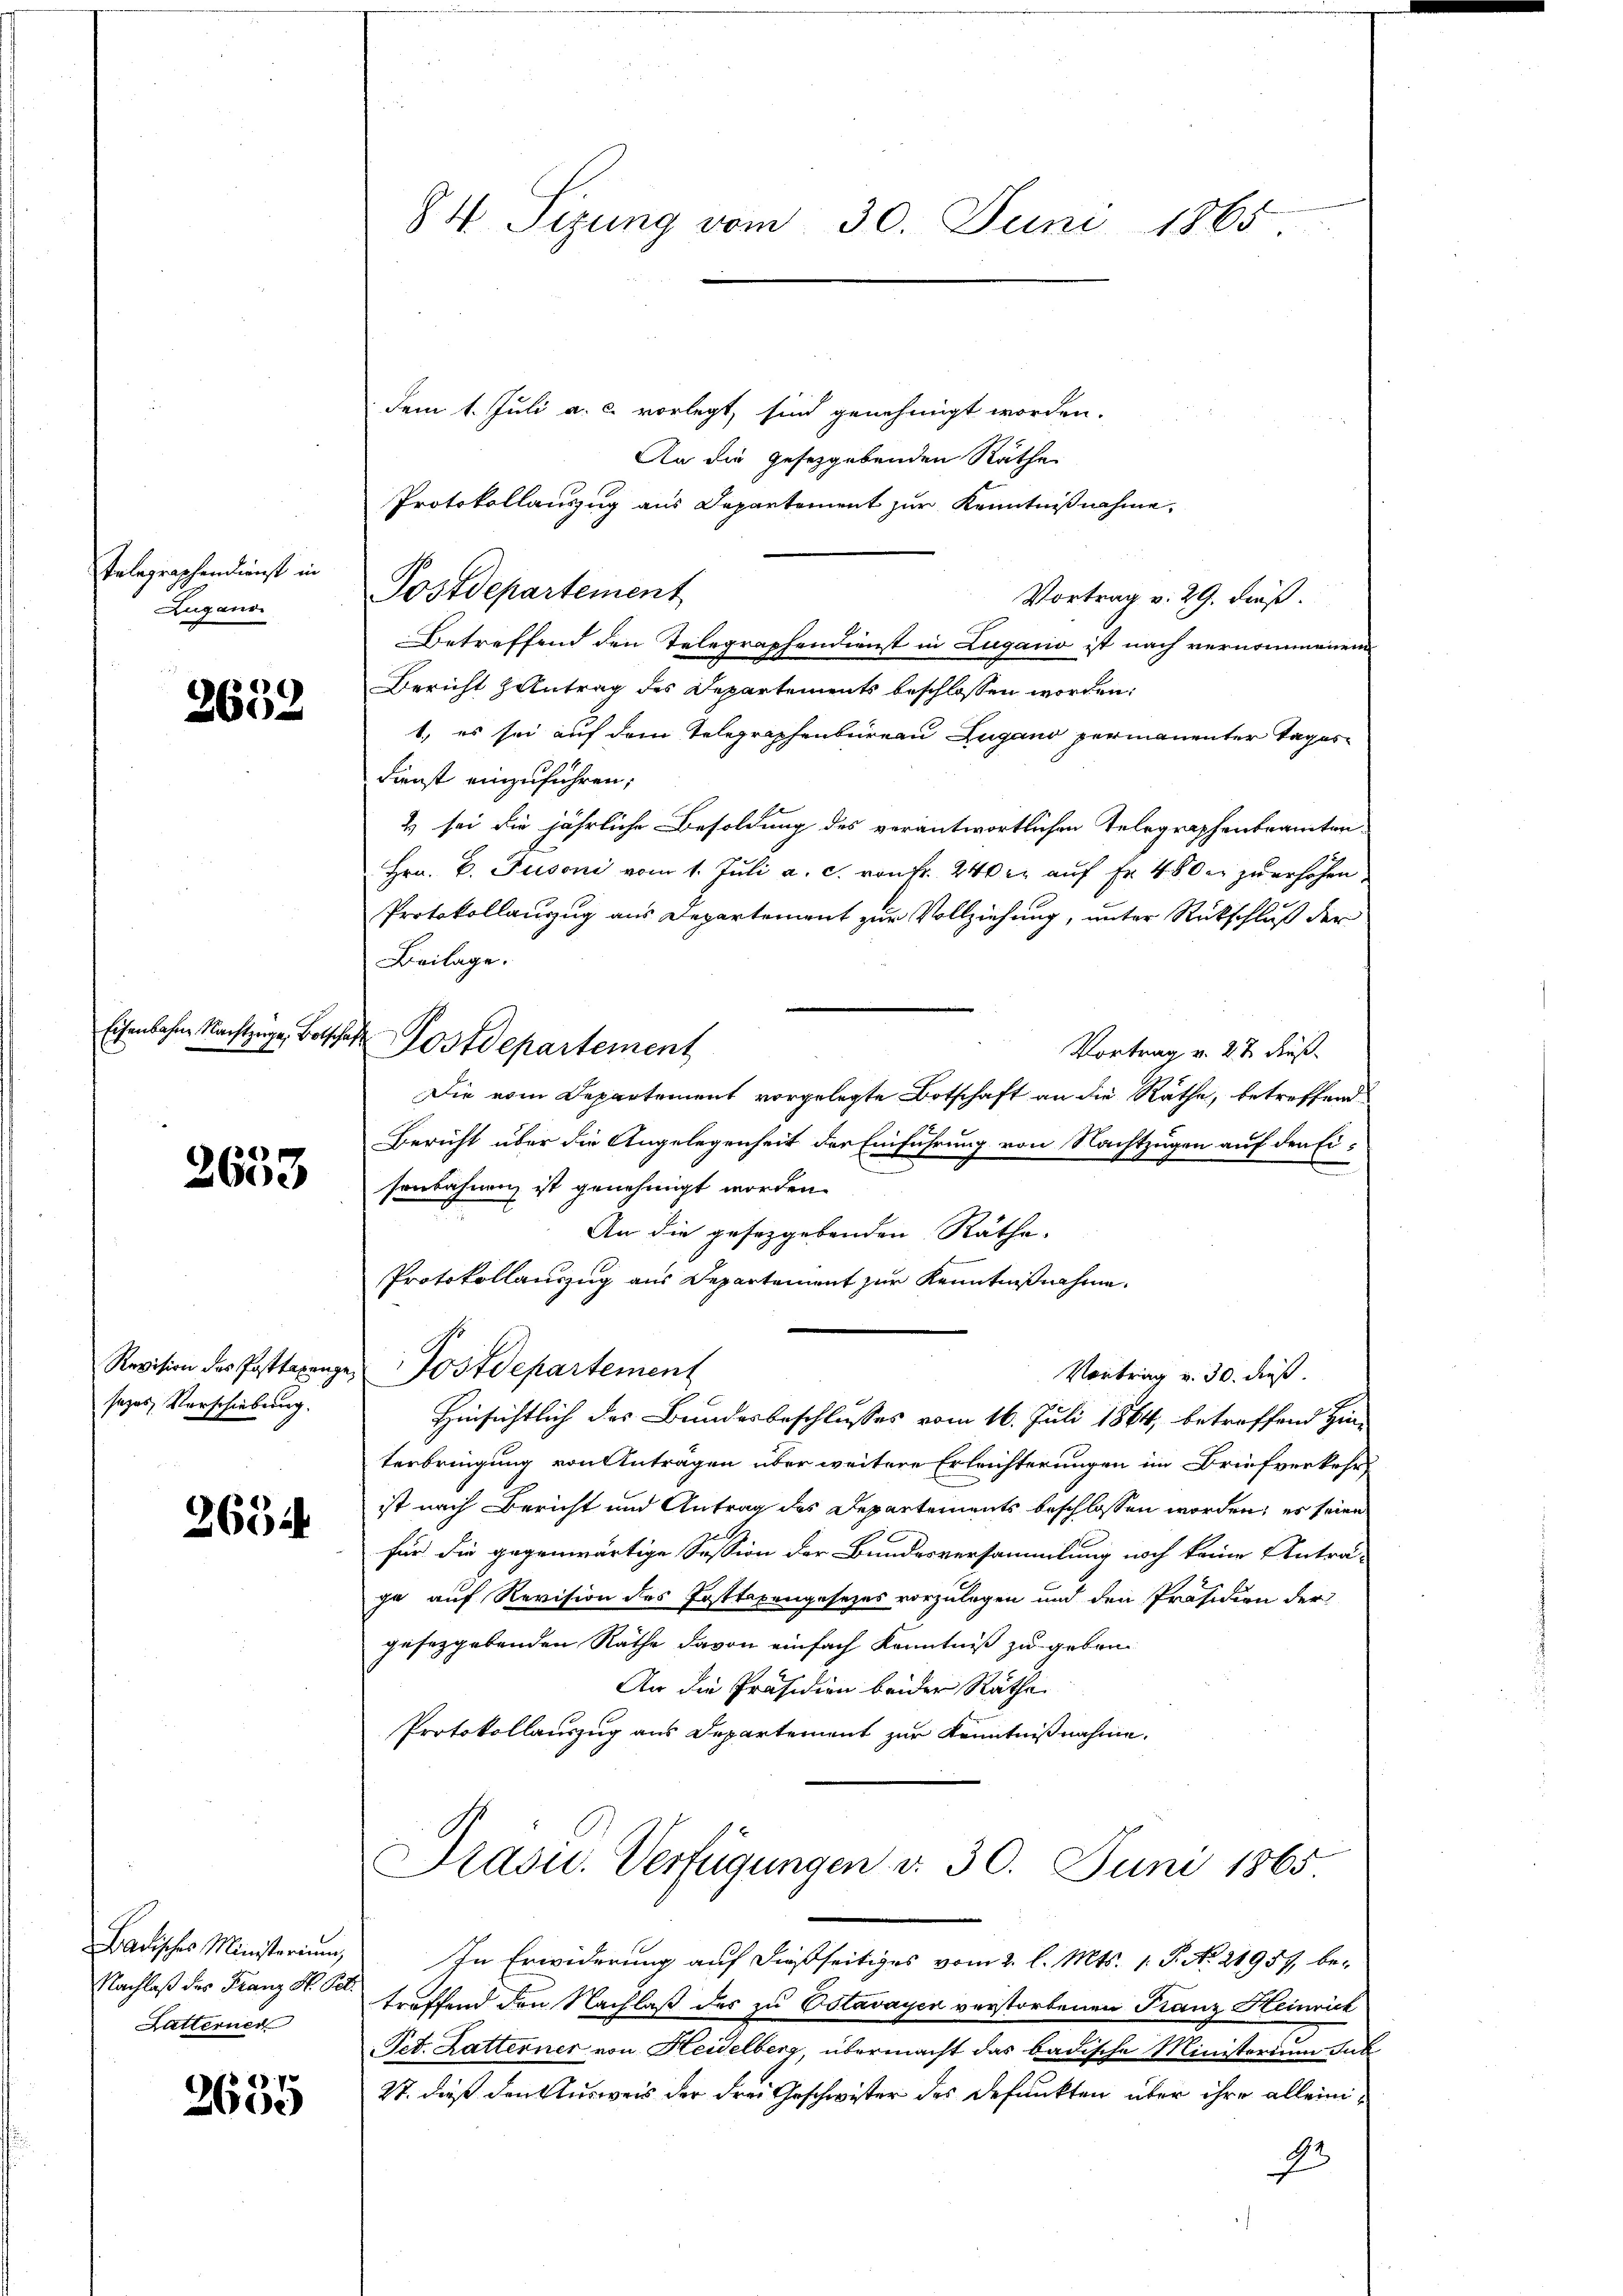
Telegraphendienst in
Zugano

2632

4
2000

Revision des Posttaxenge
sezes Vorschiebung.

2654.

Badisches Ministerium
Nachlaß des Franz St. Gel
Latterner

88) V
2600

84 Sizung vom 30. Juni 1865

dem 1. Juli a. c. vorlegt, sind genehmigt worden.
An die gesetzgebenden Räthe
Protokollauszug aus Departement zur Kenntnißnahme,
Postdepartement
Vortrag v. 29. dieß.
Betreffend den Telegraphendienst in Lugano ist nach vernommenen
Bericht Zentrag des Departements beschlossen worden:
1., es sei auf dem Telegraphenbureau Lugano permanenter Tages
Dienst einzuführen;
& sei die jährliche Besoldung des verantwortlichen Telegraphenbeamten-
Hrn. B. Pusoni vom 1. Juli a. c. von Fr. 240 l. auf Fr. 400 er zu erhöhen
Protokollanzug aus Departement zur Vollziehung, unter Rückschluß der
Beilage.
Vortrag v. 22 Fuß¬
Die vom Departement vorgelegte Botschaft an die Räthe, betreffend
Bericht über die Angelegenheit der Einführung von Nachtzügen auf den Eisenbahnen ist genehmigt worden.
An die gesetzgebenden Räthe.
Protokollauszug aus Departement zur Kenntnißnahme
Postdepartement
Vortrag v. 30. dieß.
Hinsichtlich des Bundesbeschlusses vom 16. Juli 1864, betreffend Hin-
terbringung von Antragen über weitere Erleichterungen im Briefverkehr
ist nach Bericht und Antrag des Departements beschlossen worden, es seien
G
für die gegenwärtige Session der Bundesversammlung noch keine Antra-
ja auf Revision des Posttapengesezes vorzulegen und den Präsidion der
gefeggebenden Rathe davon einfach Kenntniß zu geben.
An die Präsidien beider Räthe
Protokollauszug aus Departement zur Kenntnißnahme.

Eisenbahne Nachtzige Botschaft Postdepartement

Drasu. Verfügungen d. 30. Juni 1865

In Erwiderung auf dießseitiges vom 2. l. Mts. 1. P. No. 21957, betreffend den Nachlaß des zu Ostavayer verstorbenen Franz Heinrich
Ped. Latterner von Heidelberg, übermacht das badische Ministerium Jul
27. dieß den Ausweis der drei Geschwister des defunkten über ihre alleini¬
1